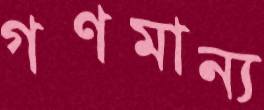
গণমান্য